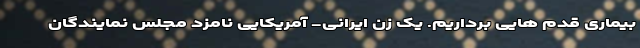
بیماری قدم هایی برداریم. یک زن ایرانی- آمریکایی نامزد مجلس نمایندگان